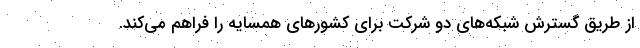
از طریق گسترش شبکه‌های دو شرکت برای کشورهای همسایه را فراهم می‌کند.